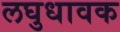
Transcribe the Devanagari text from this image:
लघुधावक